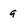
Character: g